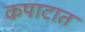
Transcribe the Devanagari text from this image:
कपाटात